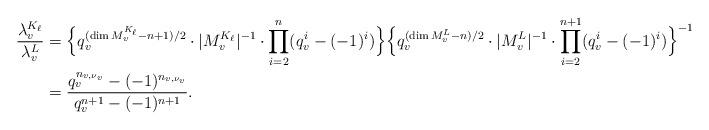
LaTeX: \begin{align*} \frac{\lambda_v^{K_{\ell}}}{\lambda_v^L}&=\Bigl\{q_v^{(\dim M_v^{K_{\ell}}-n+1)/2}\cdot|M_v^{K_{\ell}}|^{-1}\cdot\prod_{i=2}^{n}(q_v^i-(-1)^i)\Bigr\}\Bigl\{q_v^{(\dim M_v^L-n)/2}\cdot|M_v^L|^{-1}\cdot\prod_{i=2}^{n+1}(q_v^i-(-1)^i)\Bigr\}^{-1}\\ &=\frac{q_v^{n_{v,\nu_v}}-(-1)^{n_{v,\nu_v}}}{q_v^{n+1}-(-1)^{n+1}}.\end{align*}